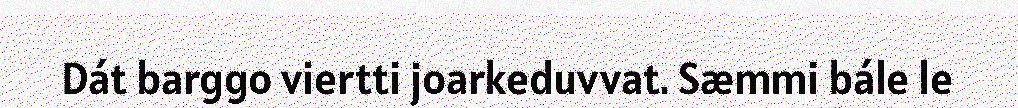
Dát barggo viertti joarkeduvvat. Sæmmi bále le